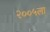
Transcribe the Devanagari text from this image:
२००५ला